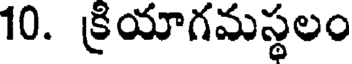
10. క్రియాగమస్థలం